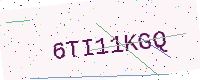
Text: 6TI11KGQ